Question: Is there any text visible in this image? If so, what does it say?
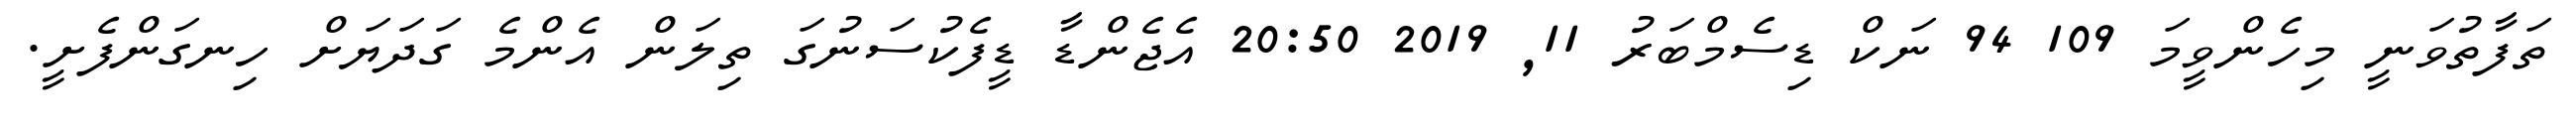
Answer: ތަފާތުވަނީ މިހެންވީމަ 109 94 ނަކް ޑިސެމްބަރު 11, 2019 20:50 އެޖެންޑާ ޑީފެކުސަނުގަ ތިލަން އެންމެ ގަދަޔަށް ހިނގަންފެށީ.